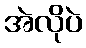
အဲလိုပဲ